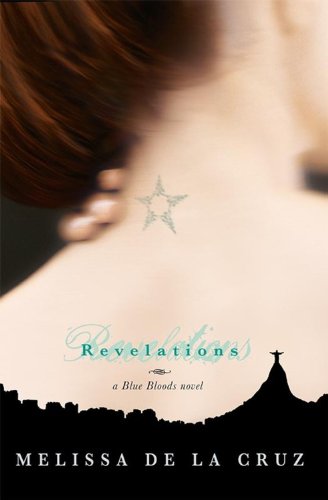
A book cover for Revelations (Blue Blood, Book 3) (Blue Bloods Novel); Melissa de la Cruz; Teen & Young Adult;